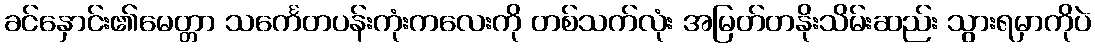
ခင်နှောင်း၏မေတ္တာ သင်္ကေတပန်းကုံးကလေးကို တစ်သက်လုံး အမြတ်တနိုးသိမ်းဆည်း သွားရမှာကိုပဲ